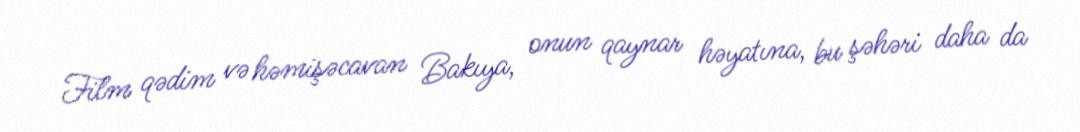
Film qədim və həmişəcavan Bakıya, onun qaynar həyatına, bu şəhəri daha da